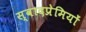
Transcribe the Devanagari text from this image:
स्वादप्रेमियों